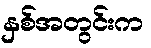
နှစ်အတွင်းက